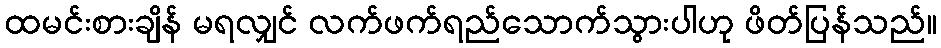
ထမင်းစားချိန် မရလျှင် လက်ဖက်ရည်သောက်သွားပါဟု ဖိတ်ပြန်သည်။